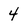
Character: 4